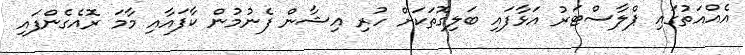
އެއްއަތުގައި ޕްލާސްޓަރު އަޅާފައި ބަލިގޮތަކަށް ހުރި އިޝާން ފެނުމުން ކާފައާއި މާމަ ރޮއެގެންފައި